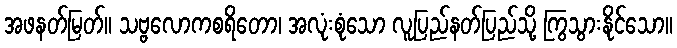
အဖနတ်မြတ်။ သဗ္ဗလောကစရိတော၊ အလုံးစုံသော လူပြည်နတ်ပြည်သို့ ကြွသွားနိုင်သော။